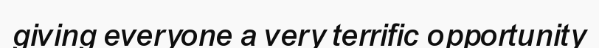
giving everyone a very terrific opportunity